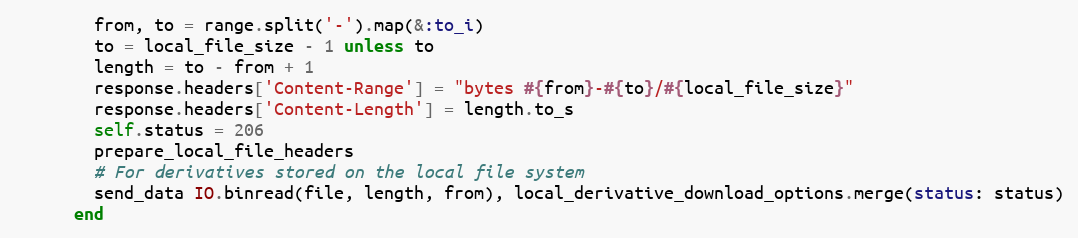
Language: Ruby
        from, to = range.split('-').map(&:to_i)
        to = local_file_size - 1 unless to
        length = to - from + 1
        response.headers['Content-Range'] = "bytes #{from}-#{to}/#{local_file_size}"
        response.headers['Content-Length'] = length.to_s
        self.status = 206
        prepare_local_file_headers
        # For derivatives stored on the local file system
        send_data IO.binread(file, length, from), local_derivative_download_options.merge(status: status)
      end